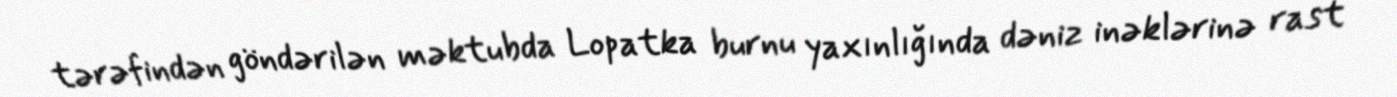
tərəfindən göndərilən məktubda Lopatka burnu yaxınlığında dəniz inəklərinə rast